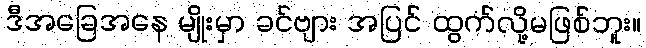
ဒီအခြေအနေ မျိုးမှာ ခင်ဗျား အပြင် ထွက်လို့မဖြစ်ဘူး။